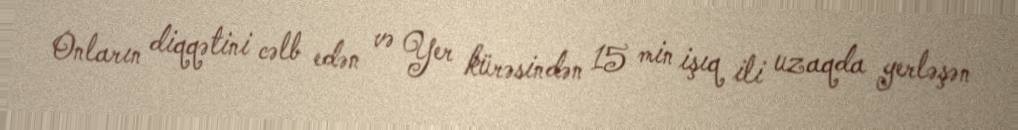
Onların diqqətini cəlb edən və Yer kürəsindən 15 min işıq ili uzaqda yerləşən